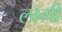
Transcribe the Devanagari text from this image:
लार्गी